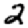
Digit: 2